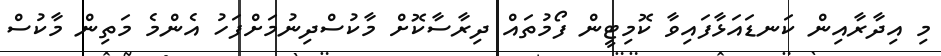
މި އިދާރާއިން ކަނޑައަޅާފައިވާ ކޮމިޓީން ފޯމުތައް ދިރާސާކޮށް މާކުސްދިނުމަށްފަހު އެންމެ މަތިން މާކުސް